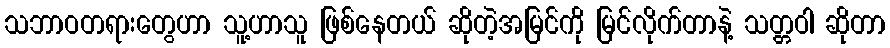
သဘာဝတရားတွေဟာ သူ့ဟာသူ ဖြစ်နေတယ် ဆိုတဲ့အမြင်ကို မြင်လိုက်တာနဲ့ သတ္တဝါ ဆိုတာ